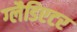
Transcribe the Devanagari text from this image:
ग्‍लैडिएटर